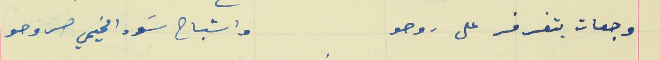
وجعات بتفرفر على روحو                                          واشباح سَودا مخيمي صروحو